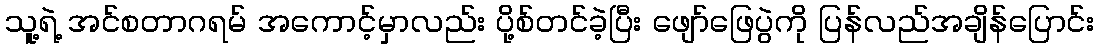
သူ့ရဲ့ အင်စတာဂရမ် အကောင့်မှာလည်း ပို့စ်တင်ခဲ့ပြီး ဖျော်ဖြေပွဲကို ပြန်လည်အချိန်ပြောင်း